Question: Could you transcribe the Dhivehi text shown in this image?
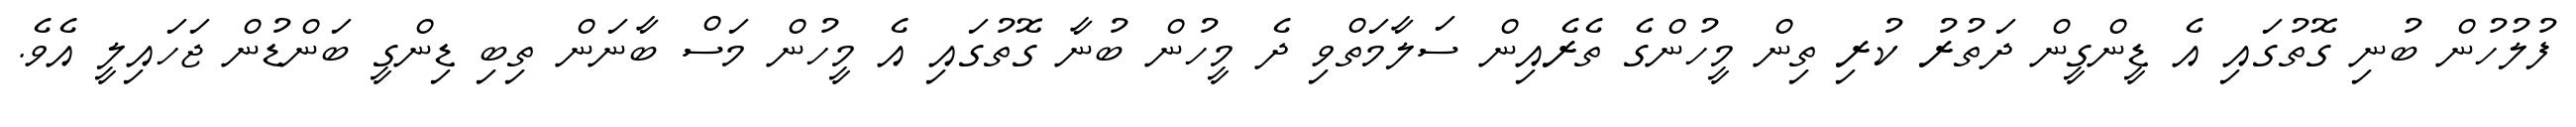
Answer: ފުލުހުން ބުނި ގޮތުގައި އެ ޑީންގީން ދަތުރު ކުރި ތިން މީހުންގެ ތެރެއިން ސަލާމަތްވި ދެ މީހުން ބުނާ ގޮތުގައި އެ މީހުން މަސް ބާނަން ތިބި ޑިންގީ ބަންޑުން ޖަހައިލީ އެވެ.